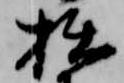
拙